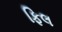
ફિલ